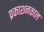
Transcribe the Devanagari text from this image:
प्रकाशनकाल